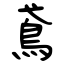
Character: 鳶